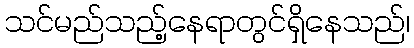
သင်မည်သည့်နေရာတွင်ရှိနေသည်၊